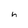
Character: h